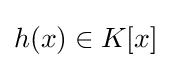
h(x)\in K[x]